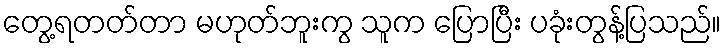
တွေ့ရတတ်တာ မဟုတ်ဘူးကွ သူက ပြောပြီး ပခုံးတွန့်ပြသည်။